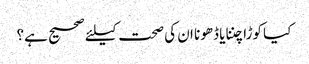
کیا کوڑا چننا یا ڈھونا ان کی صحت کیلئے صحیح ہے؟